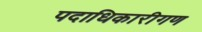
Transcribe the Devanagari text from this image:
पदाधिकारीगण